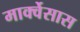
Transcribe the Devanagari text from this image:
मार्क्वेसास